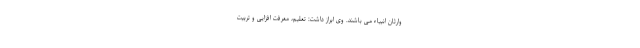
وارثان انبیاء می باشند. وی ابراز داشت: تعلیم، معرفت افزایی و تربیت